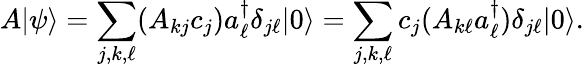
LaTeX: A|\psi\rangle=\sum_{j,k,\ell}(A_{kj}c_{j})a_{\ell}^{\dagger}\delta_{j\ell}|0\rangle=\sum_{j,k,\ell}c_{j}(A_{k\ell}a_{\ell}^{\dagger})\delta_{j\ell}|0\rangle.